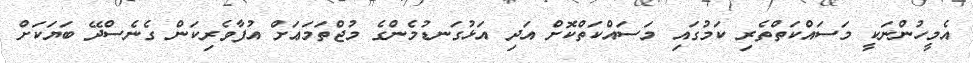
އެމީހުންނަކީ މަސައްކަތްތެރި ކަމުގައި މަސައްކަތްކޮށް އަދި އަޅުގަނޑުމެންގެ މުޖްތަމަޢަށް އުފާވެރިކަން ގެނެސްދޭ ބަޔަކަށް